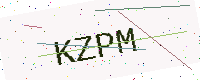
Text: KZPM